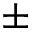
\pm